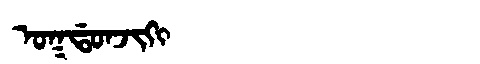
Manchu: ᠣᡴᡩᠣᠨᠵᡳᡴᡳ
Romanization: OKDONJIKI